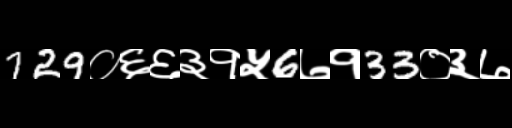
Text: 729०६६३१५6७१33०३७